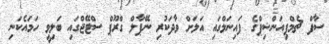
ސާފް ޗެމްޕިއަންޝިޕްގެ ފައިނަލްގައި އަލަށް ވާދަކުރި ނޭޕާލް ގްރޫޕް ސްޓޭޖްގައި ބަލިވީ ހަމައެކަނި